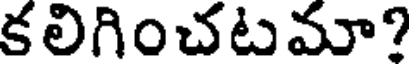
కలిగించటమా?